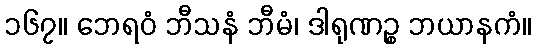
၁၆၇။ ဘေရဝံ ဘီသနံ ဘီမံ၊ ဒါရုဏဉ္စ ဘယာနကံ။